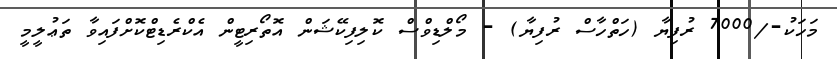
މަހަކު-/7000 ރުފިޔާ (ހަތްހާސް ރުފިޔާ) - މޯލްޑިވްސް ކޮލިފިކޭޝަން އޮތޯރިޓީން އެކްރެޑިޓްކޮށްފައިވާ ތަޢުލީމީ